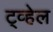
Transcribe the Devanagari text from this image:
ट्व्हेल